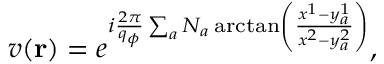
v ( { \bf r } ) = e ^ { i { \frac { 2 \pi } { q _ { \phi } } } \sum _ { a } N _ { a } \arctan \left( \frac { x ^ { 1 } - y _ { a } ^ { 1 } } { x ^ { 2 } - y _ { a } ^ { 2 } } \right) } ,